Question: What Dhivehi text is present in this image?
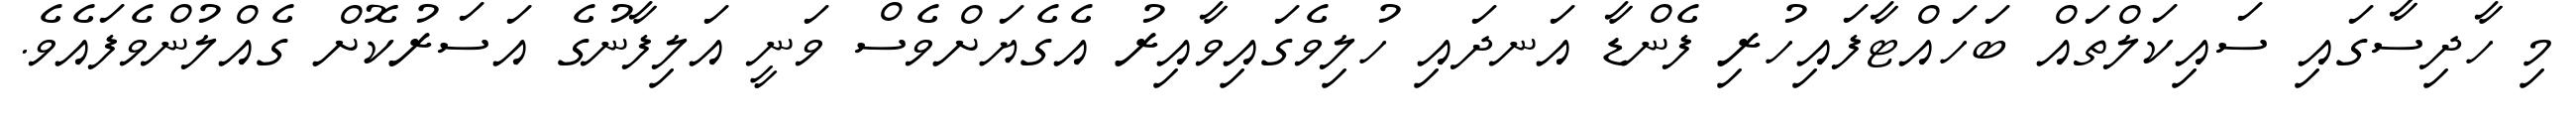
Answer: މި ހާދިސާގައި ސައިކަލްތައް ބަހައްޓާފައިހުރި ފެންޑާ އަނދައި ހުލިވެގައިވާއިރު އެގެޔަށްވެސް ވަނީ އަލިފާނުގެ އަސަރުކޮށް ގެއްލުންވެފައެވެ.